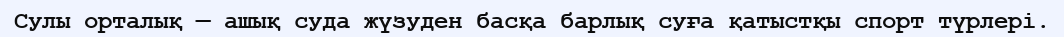
Сулы орталық — ашық суда жүзуден басқа барлық суға қатыстқы спорт түрлері.